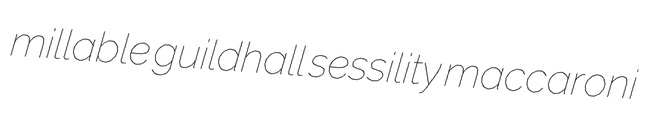
millable guildhall sessility maccaroni